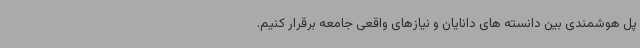
پل هوشمندی بین دانسته های دانایان و نیازهای واقعی جامعه برقرار کنیم.